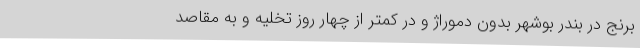
برنج در بندر بوشهر بدون دموراژ و در کمتر از چهار روز تخلیه و به مقاصد